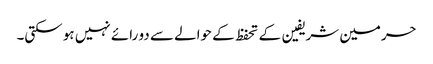
حرمین شریفین کے تحفظ کے حوالے سے دو رائے نہیں ہو سکتی۔